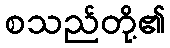
စသည်တို့၏